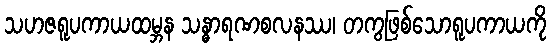
သဟဇရူပကာယထမ္ဘန သန္ဓာရဏစလနဿ၊ တကွဖြစ်သောရူပကာယကို